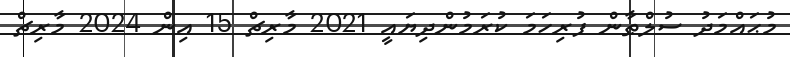
މުޙައްމަދު ސުލްޠާން ފުރިހަމަ ކުރަމުންދިޔައީ 2021 މާރިޗް 15 އިން 2024 މާރިޗް